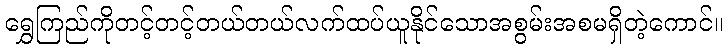
ရွှေကြည်ကိုတင့်တင့်တယ်တယ်လက်ထပ်ယူနိုင်သောအစွမ်းအစမရှိတဲ့ကောင်။